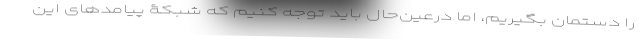
را دستمان بگیریم، اما درعین‌حال باید توجه کنیم که شبکۀ پیامدهای این